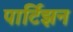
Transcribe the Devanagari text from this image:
पार्टिझन